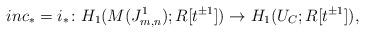
LaTeX: \begin{align*} inc_* = i_*\colon H_1(M(J_{m,n}^1);R[t^{\pm 1}])\to H_1(U_C;R[t^{\pm 1}]), \end{align*}